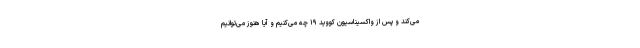
می‌کند و پس از واکسیناسیون کووید ۱۹ چه می‌کنیم و آیا هنوز می‌توانیم